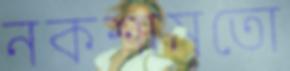
নকশামতো